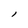
Character: l